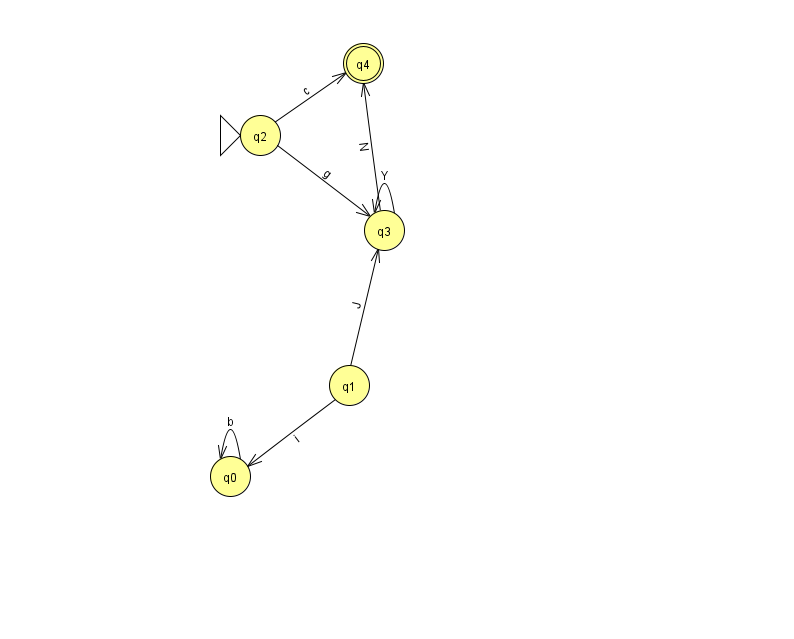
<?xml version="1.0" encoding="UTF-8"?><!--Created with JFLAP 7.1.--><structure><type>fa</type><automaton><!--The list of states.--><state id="0" name="q0"><x>230.0</x><y>463.0</y></state><state id="1" name="q1"><x>349.0</x><y>372.0</y></state><state id="2" name="q2"><x>260.0</x><y>122.0</y><initial/></state><state id="3" name="q3"><x>384.0</x><y>217.0</y></state><state id="4" name="q4"><x>363.0</x><y>50.0</y><final/></state><!--The list of transitions.--><transition><from>3</from><to>4</to><read>N</read></transition><transition><from>2</from><to>3</to><read>g</read></transition><transition><from>0</from><to>0</to><read>b</read></transition><transition><from>1</from><to>3</to><read>J</read></transition><transition><from>1</from><to>0</to><read>i</read></transition><transition><from>3</from><to>3</to><read>Y</read></transition><transition><from>2</from><to>4</to><read>c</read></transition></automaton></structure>